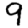
Digit: 9